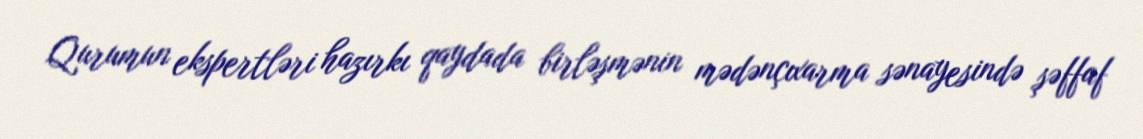
Qurumun ekspertləri hazırkı qaydada birləşmənin mədənçıxarma sənayesində şəffaf